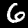
Digit: 6